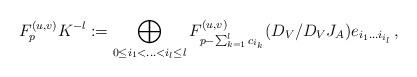
LaTeX: \begin{align*}F^{(u,v)}_{p}K^{-l} := \bigoplus_{0 \leq i_1 < \ldots < i_l \leq l} F^{(u,v)}_{p -\sum_{k=1}^l c_{i_k} }(D_{V} / D_V J_A) e_{i_1\ldots i_{i_l}}\, ,\end{align*}